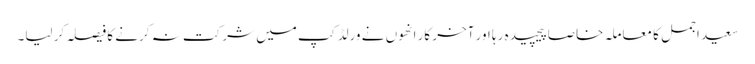
سعید اجمل کا معاملہ خاصا پیچیدہ رہا اور آخر کار انھوں نے ورلڈ کپ میں شرکت نہ کرنے کا فیصلہ کر لیا۔